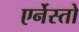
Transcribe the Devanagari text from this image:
एर्नेस्तो